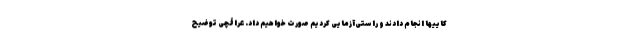
کاییها انجام دادند و راستی‌آزمایی کردیم صورت خواهیم داد. عراقچی توضیح